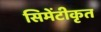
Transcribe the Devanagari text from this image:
सिमेंटीकृत